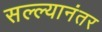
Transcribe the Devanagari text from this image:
सल्ल्यानंतर